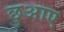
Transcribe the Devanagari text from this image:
छुआए